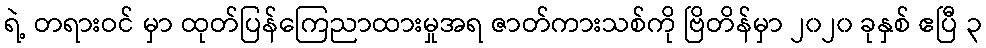
ရဲ့ တရားဝင် မှာ ထုတ်ပြန်ကြေညာထားမှုအရ ဇာတ်ကားသစ်ကို ဗြိတိန်မှာ ၂၀၂၀ ခုနှစ် ဧပြီ ၃